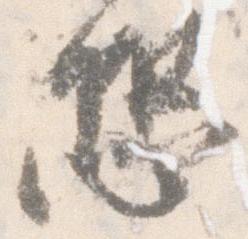
恐